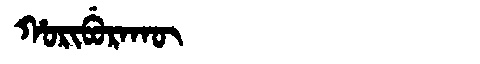
Manchu: ᡥᠣᡵᡳᠪᡠᡵᠠᡴᡡ
Romanization: HORIBURAKŪ